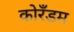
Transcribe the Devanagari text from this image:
कोरँडम